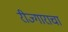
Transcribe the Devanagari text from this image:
रीज्गाराचा